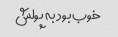
خوب بود به پولش